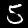
Label: 5